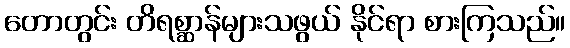
တောတွင်း တိရစ္ဆာန်များသဖွယ် နိုင်ရာ စားကြသည်။